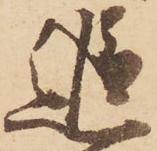
追